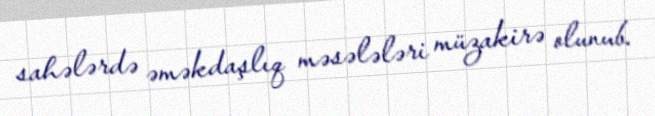
sahələrdə əməkdaşlıq məsələləri müzakirə olunub.